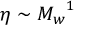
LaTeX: \eta \sim { M _ { w } } ^ { 1 }